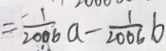
= \frac { 1 } { 2 0 0 6 } a - \frac { 1 } { 2 0 0 6 } b